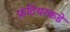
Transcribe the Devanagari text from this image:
फ्रंटियरकडे